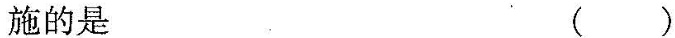
施的是（ ）